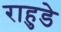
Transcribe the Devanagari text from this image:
राहुडे